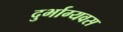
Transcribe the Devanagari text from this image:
दुर्भाग्यवस